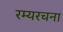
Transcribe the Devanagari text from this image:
रम्यरचना